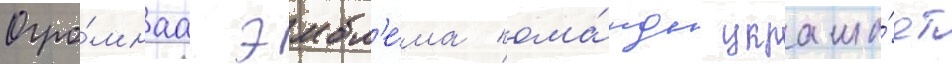
Огро́мнаа эмбл'е́ма кома́нды украша́ет